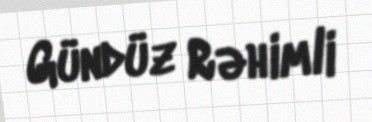
Gündüz Rəhimli